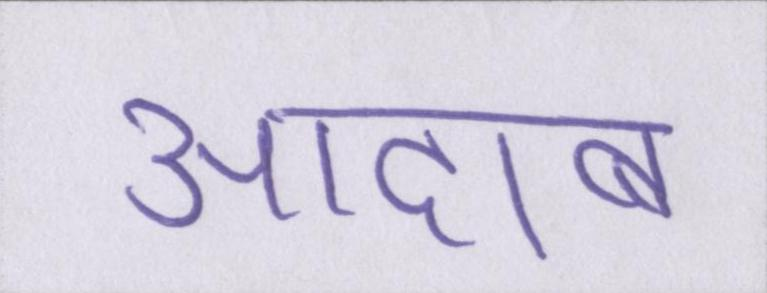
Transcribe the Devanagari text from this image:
आदाब